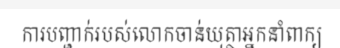
ការបញ្ជាក់របស់លោកចាន់យុត្ថាអ្នកនាំពាក្យ